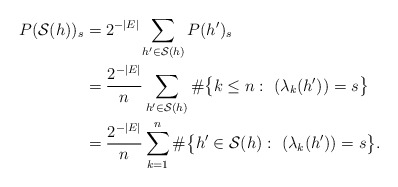
\begin{align*}P(\mathcal S(h))_s &= 2^{-|E|} \sum_{h' \in \mathcal S(h)} P(h')_s\\&= \frac{2^{-|E|}}{n} \sum_{h'\in \mathcal S(h)} \#\big\{ k\le n :\ (\lambda_k(h')) = s \big \} \\&= \frac{2^{-|E|}}{n} \sum_{k=1}^{n} \# \big\{ h' \in \mathcal S(h): \ (\lambda_k(h')) = s \big\} .\end{align*}